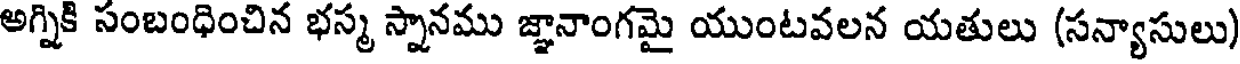
అగ్నికి సంబంధించిన భస్మ స్నానము జ్ఞానాంగమై యుంటవలన యతులు (సన్యాసులు)